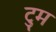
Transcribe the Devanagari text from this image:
टुम